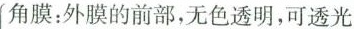
角膜：外膜的前部，无色透明，可透光外膜